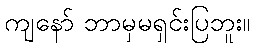
ကျနော် ဘာမှမရှင်းပြဘူး။